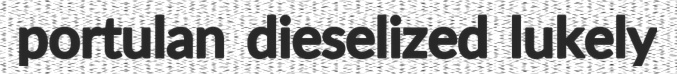
portulan dieselized lukely